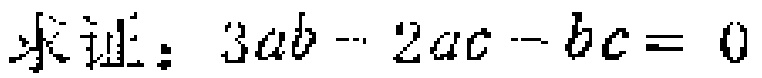
求证：\(3ab - 2ac - bc = 0\)